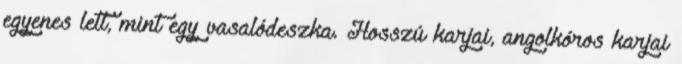
egyenes lett, mint egy vasalódeszka. Hosszú karjai, angolkóros karjai